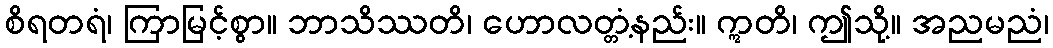
စိရတရံ၊ ကြာမြင့်စွာ။ ဘာသိဿတိ၊ ဟောလတ္တံ့နည်း။ ဣတိ၊ ဤသို့။ အညမညံ၊